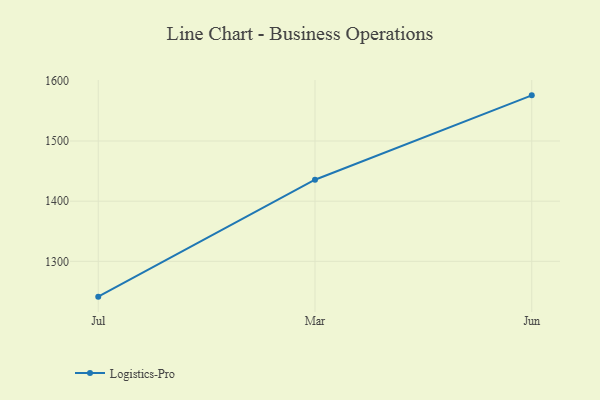
{"axis": {"x": "Month", "y": "Bounce Rate (%)"}, "legend": ["Logistics-Pro"], "data": [{"x": "Jul", "y": 1241.3, "type": "Logistics-Pro"}, {"x": "Mar", "y": 1435.7, "type": "Logistics-Pro"}, {"x": "Jun", "y": 1575.9, "type": "Logistics-Pro"}]}